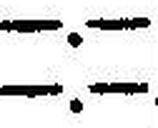
—.—